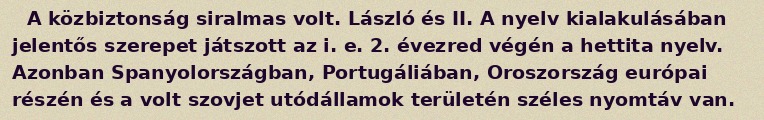
A közbiztonság siralmas volt. László és II. A nyelv kialakulásában jelentős szerepet játszott az i. e. 2. évezred végén a hettita nyelv. Azonban Spanyolországban, Portugáliában, Oroszország európai részén és a volt szovjet utódállamok területén széles nyomtáv van.